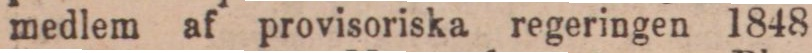
medlem af provisoriska regeringen 1848